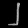
Digit: ၂